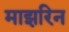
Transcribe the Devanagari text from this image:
माझरिन